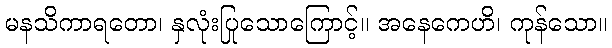
မနသိကာရတော၊ နှလုံးပြုသောကြောင့်။ အနေကေဟိ၊ ကုန်သော။